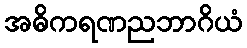
အဓိကရဏညဘာဂိယံ